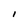
Character: I